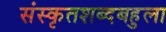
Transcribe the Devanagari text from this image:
संस्कृतशब्दबहुला